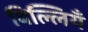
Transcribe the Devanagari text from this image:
बिल्लियँ